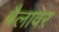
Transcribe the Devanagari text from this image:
बैलावर